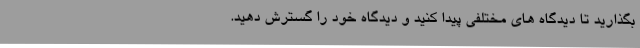
بگذارید تا دیدگاه های مختلفی پیدا کنید و دیدگاه خود را گسترش دهید.